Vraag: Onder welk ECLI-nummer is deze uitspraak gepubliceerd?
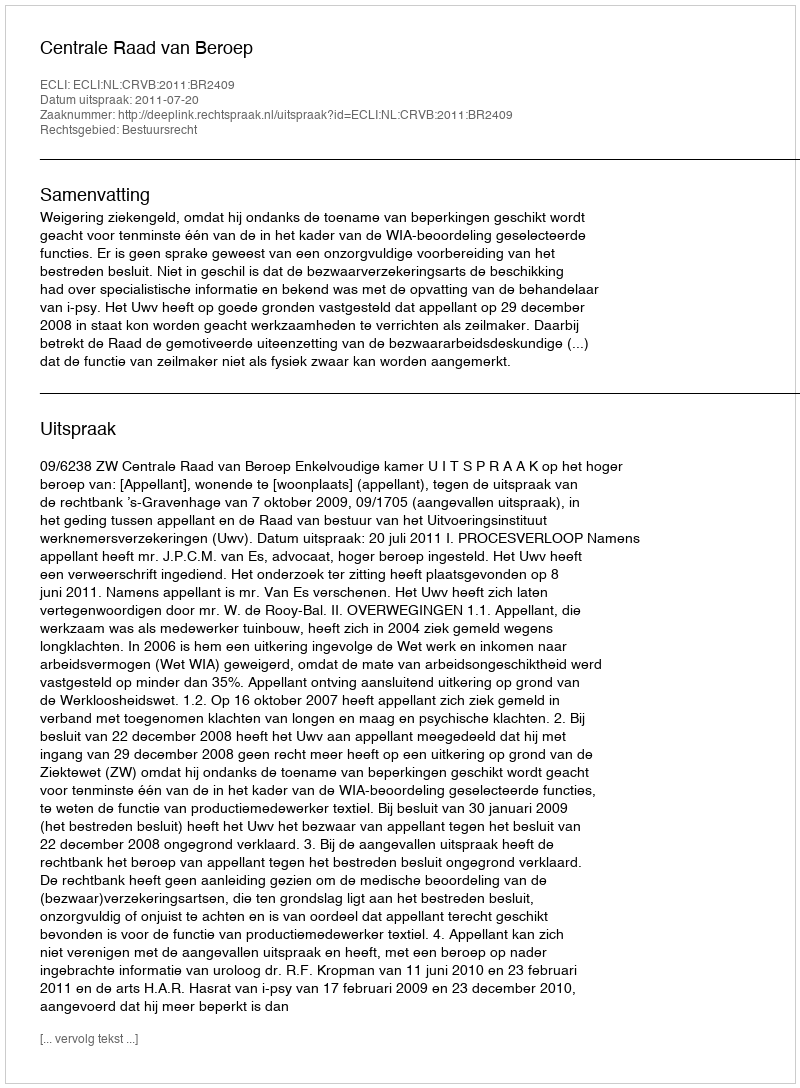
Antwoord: ECLI:NL:CRVB:2011:BR2409